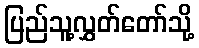
ပြည်သူ့လွှတ်တော်သို့